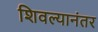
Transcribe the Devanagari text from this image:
शिवल्यानंतर